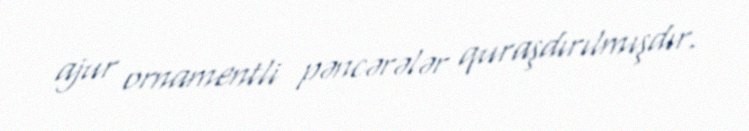
ajur ornamentli pəncərələr quraşdırılmışdır.